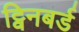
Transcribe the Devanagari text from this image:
ट्विनबर्ड